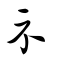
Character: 示